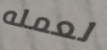
لعمله